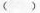
( )